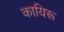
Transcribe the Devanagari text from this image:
कायिरू